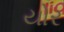
યોર